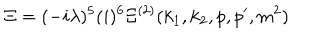
\Xi = ( - i \lambda ) ^ { 5 } ( i ) ^ { 6 } \Xi ^ { ( 2 ) } ( k _ { 1 } , k _ { 2 } , p , p ^ { \prime } , m ^ { 2 } )